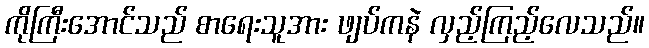
ကိုကြီးအောင်သည် စာရေးသူအား ဖျပ်ကနဲ လှည့်ကြည့်လေသည်။